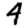
Digit: 4